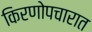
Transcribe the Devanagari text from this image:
किरणोपचारात